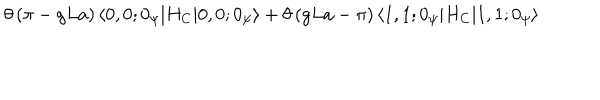
\theta \left( \pi - g L a \right) \langle 0 , 0 ; 0 _ { \psi } | H _ { C } | 0 , 0 ; 0 _ { \psi } \rangle + \theta \left( g L a - \pi \right) \langle 1 , 1 ; 0 _ { \psi } | H _ { C } | 1 , 1 ; 0 _ { \psi } \rangle